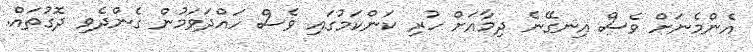
އެންމެނަށް ވެސް އިނގޭނެ ދިމާއަށް ހުރި ކަންކަމުގައި ވެސް ހައްދަވަމުން ގެންދެވި ދޮގުތައް.